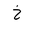
Letter: _kha